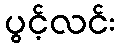
ပွင့်လင်း